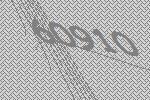
60910